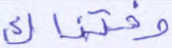
وفتناك